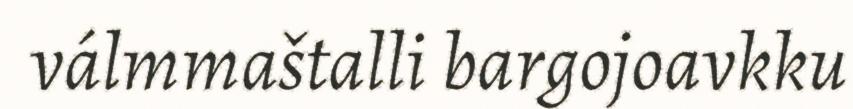
válmmaštalli bargojoavkku